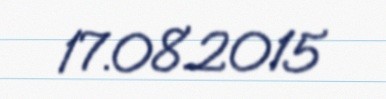
17.08.2015